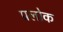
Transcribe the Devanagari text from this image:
प्रलोक